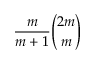
{ \frac { m } { m + 1 } } { \binom { 2 m } { m } }